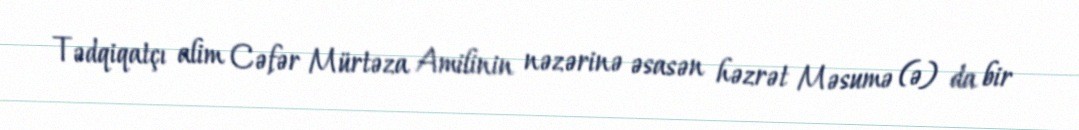
Tədqiqatçı alim Cəfər Mürtəza Amilinin nəzərinə əsasən həzrət Məsumə (ə) da bir